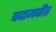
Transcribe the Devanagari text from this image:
बदामबीत